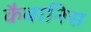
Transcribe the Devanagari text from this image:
कैबानिस